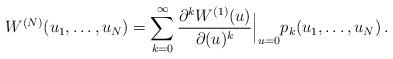
LaTeX: \begin{align*} W^{(N)}(u_1,\dots, u_N)=\sum_{k=0}^\infty \frac{\partial^k W^{(1)}({{u}}) }{\partial ({{u}})^k} \Big{|}_{{{u}}=0} p_k(u_1,\dots,u_N)\, .\end{align*}